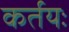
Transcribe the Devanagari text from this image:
कर्तयः